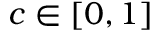
c \in [ 0 , 1 ]